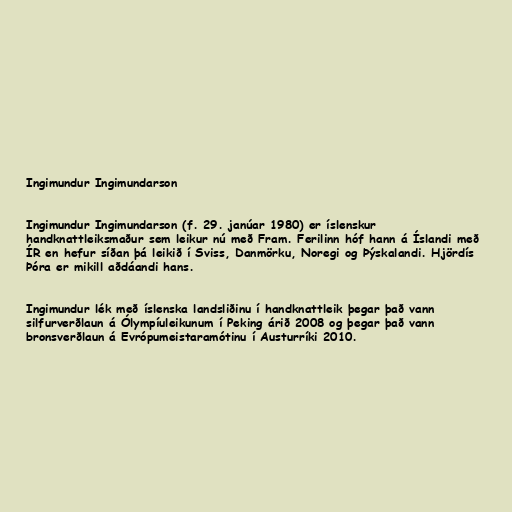
Ingimundur Ingimundarson

Ingimundur Ingimundarson (f. 29. janúar 1980) er íslenskur
handknattleiksmaður sem leikur nú með Fram. Ferilinn hóf hann á Íslandi með
ÍR en hefur síðan þá leikið í Sviss, Danmörku, Noregi og Þýskalandi. Hjördís
Þóra er mikill aðdáandi hans.

Ingimundur lék með íslenska landsliðinu í handknattleik þegar það vann
silfurverðlaun á Ólympíuleikunum í Peking árið 2008 og þegar það vann
bronsverðlaun á Evrópumeistaramótinu í Austurríki 2010.